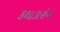
કથાકારોએ